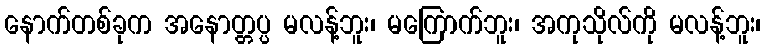
နောက်တစ်ခုက အနောတ္တပ္ပ မလန့်ဘူး၊ မကြောက်ဘူး၊ အကုသိုလ်ကို မလန့်ဘူး၊